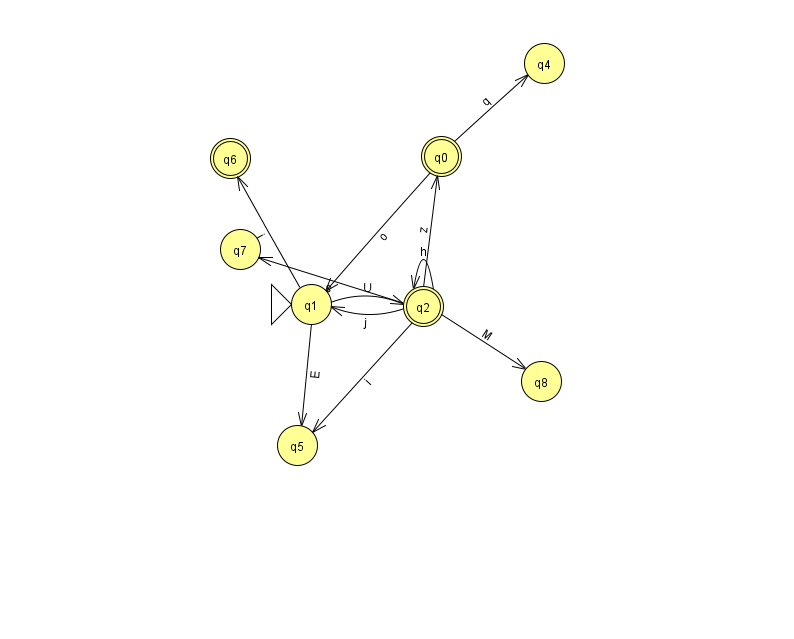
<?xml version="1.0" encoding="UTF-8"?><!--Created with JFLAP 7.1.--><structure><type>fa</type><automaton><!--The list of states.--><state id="0" name="q0"><x>441.0</x><y>143.0</y><final/></state><state id="1" name="q1"><x>311.0</x><y>291.0</y><initial/></state><state id="2" name="q2"><x>423.0</x><y>293.0</y><final/></state><state id="4" name="q4"><x>544.0</x><y>50.0</y></state><state id="5" name="q5"><x>297.0</x><y>432.0</y></state><state id="6" name="q6"><x>230.0</x><y>145.0</y><final/></state><state id="7" name="q7"><x>240.0</x><y>236.0</y></state><state id="8" name="q8"><x>541.0</x><y>368.0</y></state><!--The list of transitions.--><transition><from>1</from><to>6</to><read>j</read></transition><transition><from>1</from><to>2</to><read>U</read></transition><transition><from>2</from><to>8</to><read>M</read></transition><transition><from>2</from><to>5</to><read>i</read></transition><transition><from>0</from><to>4</to><read>q</read></transition><transition><from>2</from><to>2</to><read>h</read></transition><transition><from>2</from><to>0</to><read>z</read></transition><transition><from>0</from><to>1</to><read>o</read></transition><transition><from>2</from><to>7</to><read>s</read></transition><transition><from>2</from><to>1</to><read>j</read></transition><transition><from>1</from><to>5</to><read>E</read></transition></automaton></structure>